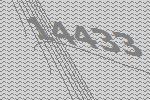
14433